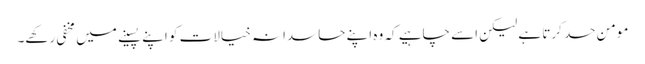
مومن حسد کرتا ہے لیکن اسے چاہیے کہ وہ اپنے حاسدانہ خیالات کو اپنے پسینے میں مخفی رکھے۔